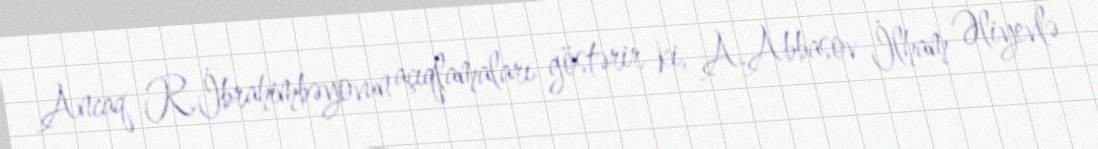
Ancaq R.İbrahimbəyovun açıqlamaları göstərir ki, A.Abbasov İlham Əliyevlə